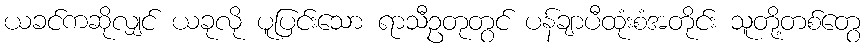
ယခင်ကဆိုလျှင် ယခုလို ပူပြင်းသော ရာသီဥတုတွင် ပန်ချာပီထုံးစံအတိုင်း သူတို့တစ်တွေ